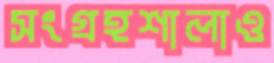
সংগ্রহশালাও